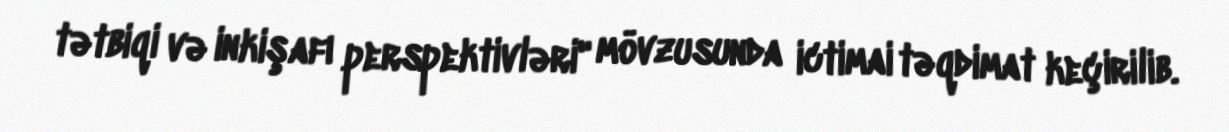
tətbiqi və inkişafı perspektivləri" mövzusunda ictimai təqdimat keçirilib.